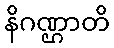
နိဂဏ္ဌာတိ